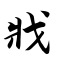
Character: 戕